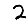
Digit: 2